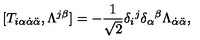
[ T _ { i \alpha \dot { \alpha } \ddot { \alpha } } , \Lambda ^ { j \beta } ] = - \frac 1 { \sqrt { 2 } } \delta _ { i } { } ^ { j } \delta _ { \alpha } { } ^ { \beta } \Lambda _ { \dot { \alpha } \ddot { \alpha } } , \nonumber